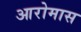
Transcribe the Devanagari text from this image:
आरोमास